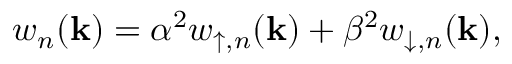
w _ { n } ( \mathbf { k } ) = \alpha ^ { 2 } w _ { \uparrow , n } ( \mathbf { k } ) + \beta ^ { 2 } w _ { \downarrow , n } ( \mathbf { k } ) ,